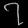
Digit: ၇